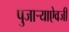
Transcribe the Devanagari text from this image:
पुजाऱ्याऐवजी